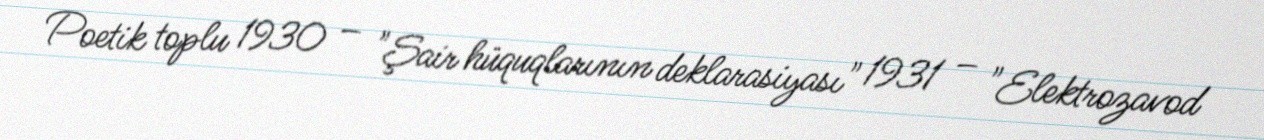
Poetik toplu 1930 – "Şair hüquqlarının deklarasiyası" 1931 – "Elektrozavod